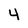
Character: 4